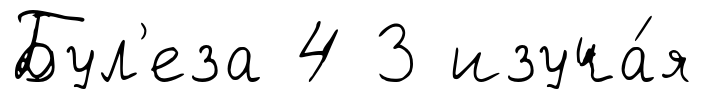
Бул'еза 4 3 изуча́я